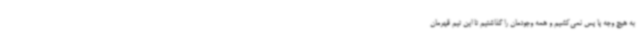
به هیچ وجه پا پس نمی‌کشیم و همه وجودمان را گذاشتیم تا این تیم قهرمان